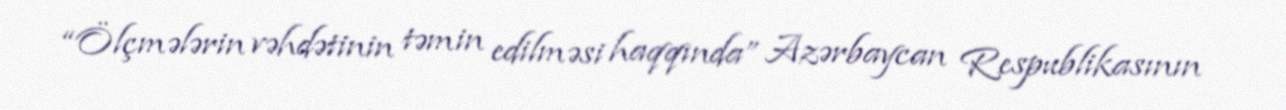
“Ölçmələrin vəhdətinin təmin edilməsi haqqında” Azərbaycan Respublikasının